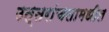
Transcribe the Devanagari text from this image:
उत्तरांचलामधील